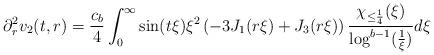
LaTeX: \begin{align*} \partial_{r}^{2}v_{2}(t,r) = \frac{c_{b}}{4} \int_{0}^{\infty} \sin(t\xi) \xi^{2}\left(-3 J_{1}(r\xi) + J_{3}(r\xi)\right) \frac{\chi_{\leq \frac{1}{4}}(\xi)}{\log^{b-1}(\frac{1}{\xi})} d\xi\end{align*}